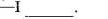
-I___.